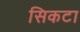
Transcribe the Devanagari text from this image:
सिकटा